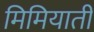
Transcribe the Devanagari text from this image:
मिमियाती